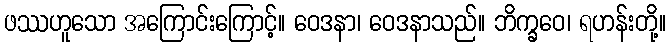
ဖဿဟူသော အကြောင်းကြောင့်။ ဝေဒနာ၊ ဝေဒနာသည်။ ဘိက္ခဝေ၊ ရဟန်းတို့။